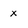
Character: x